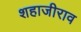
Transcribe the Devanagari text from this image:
शहाजीराव